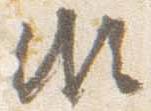
頗